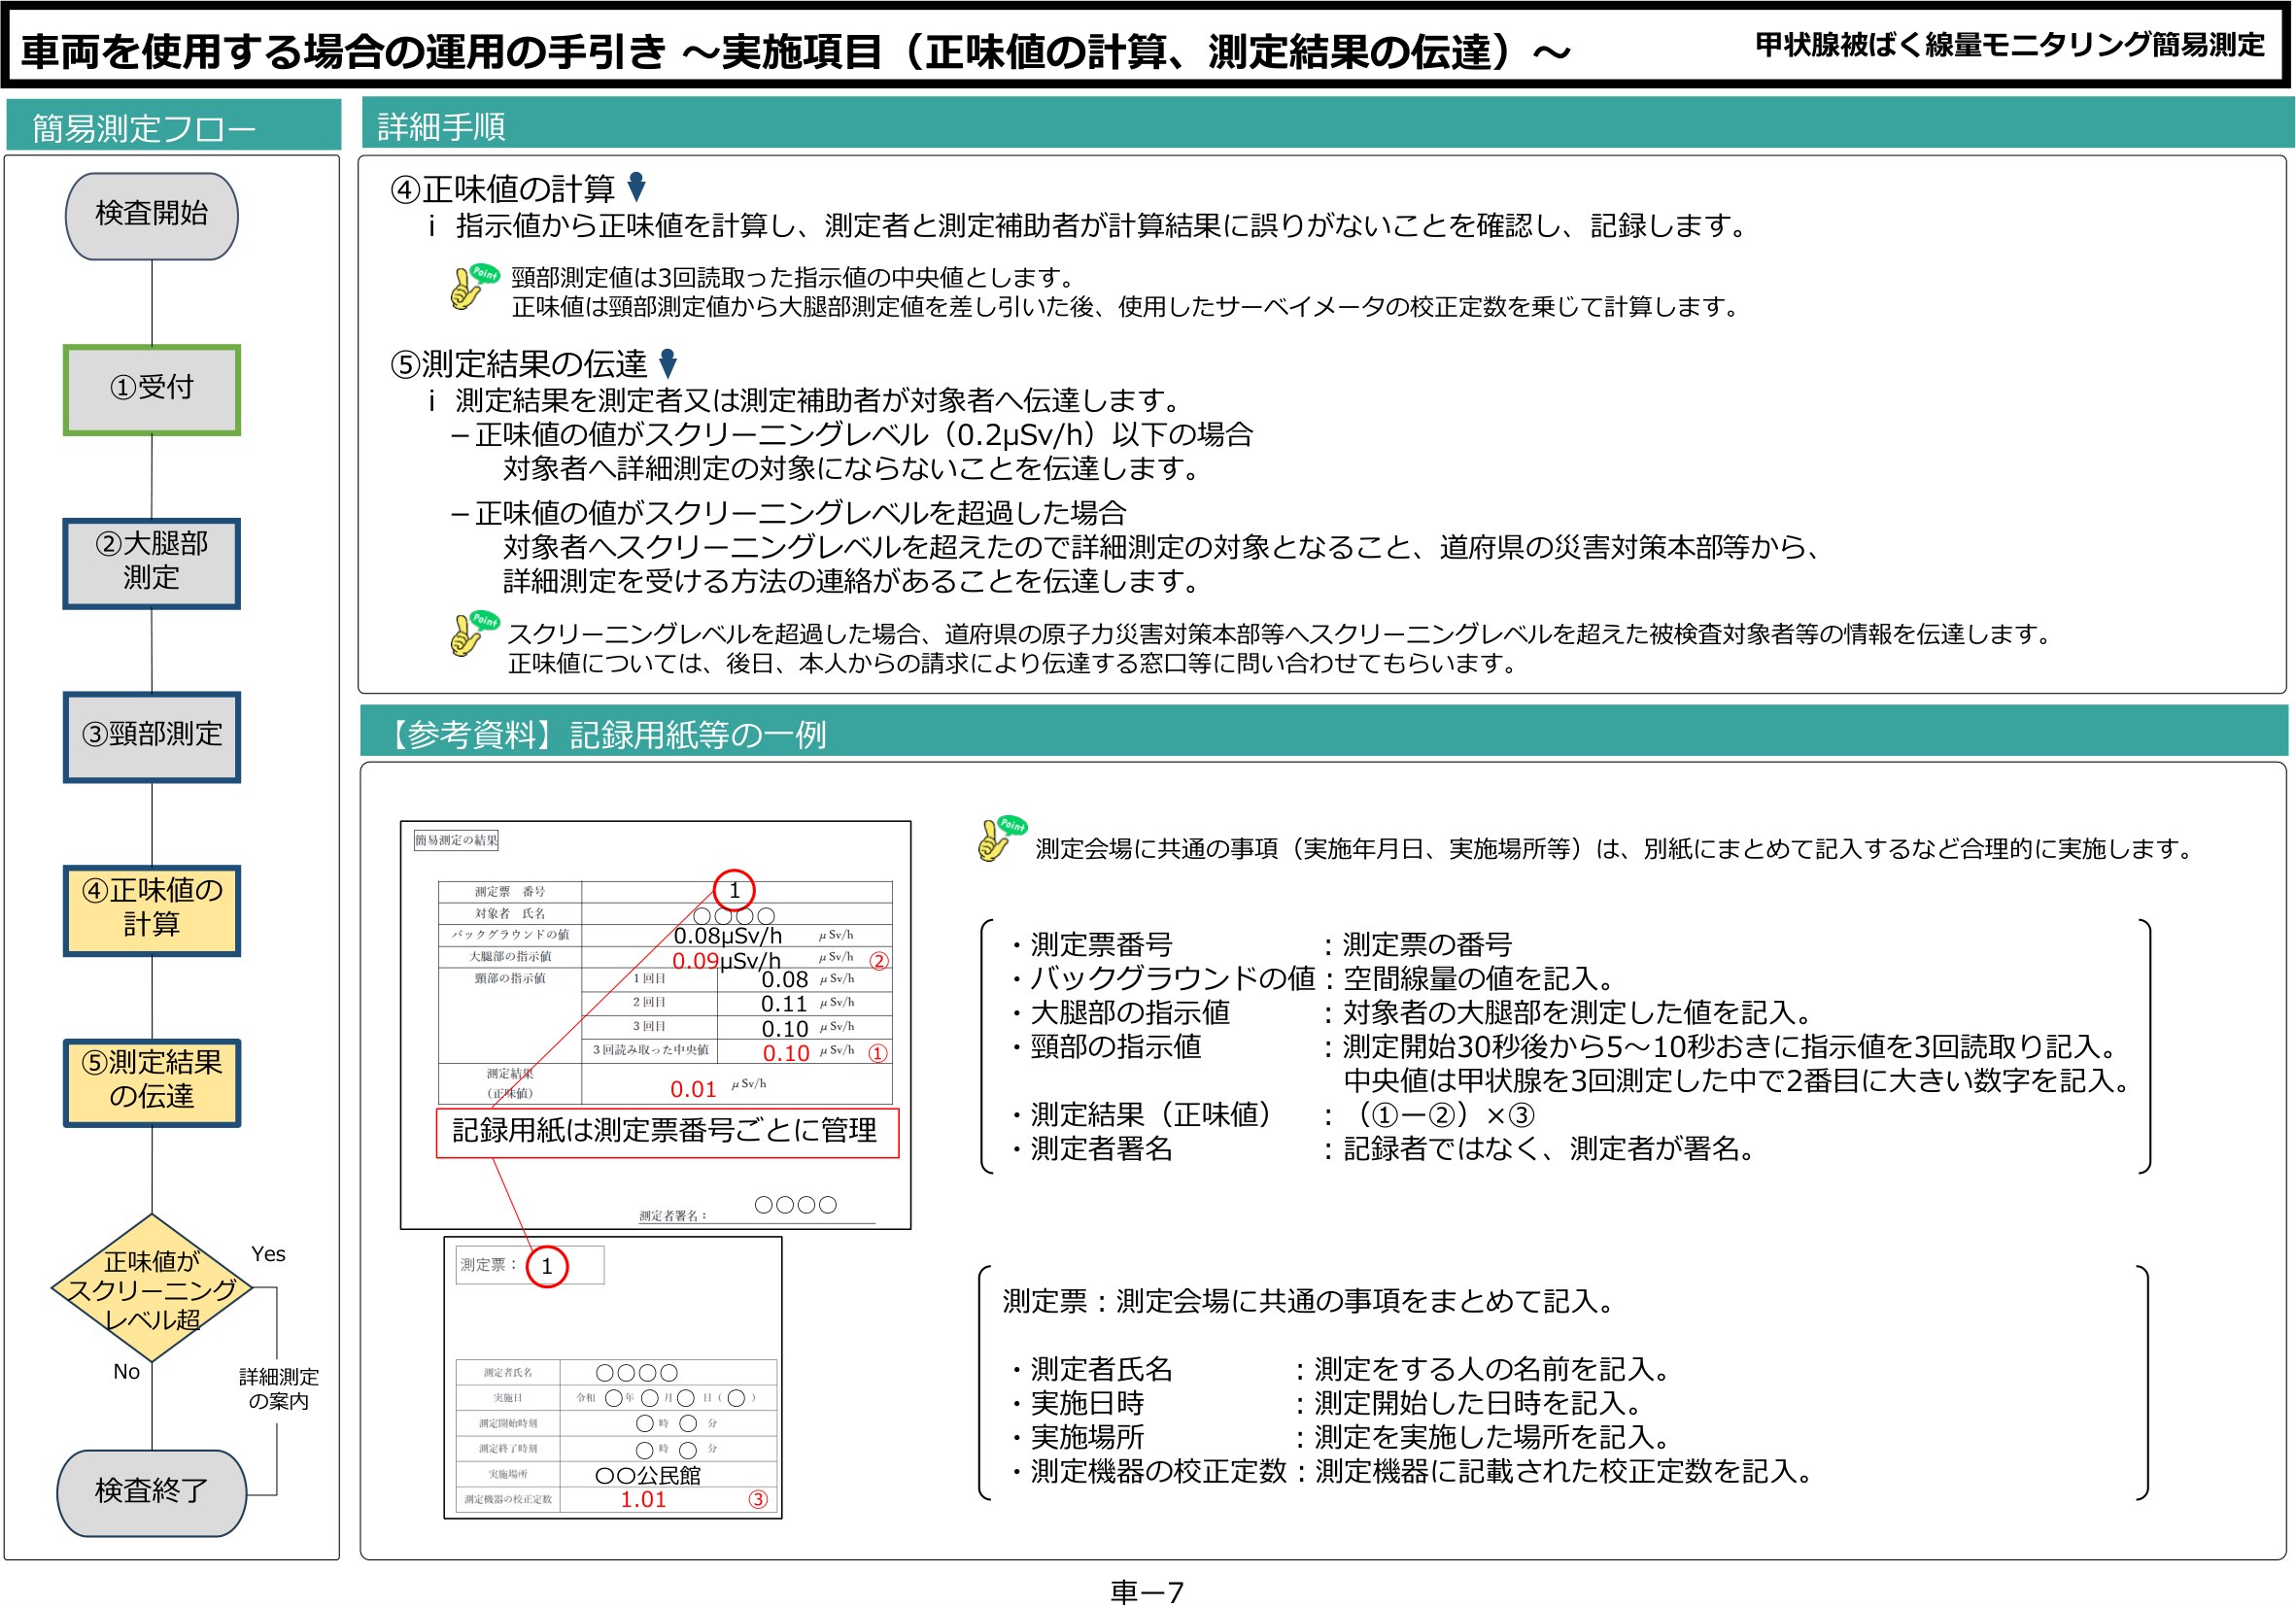
車両を使用する場合の運用の手引き ～実施項目（正味値の計算、測定結果の伝達）～
甲状腺被ばく線量モニタリング簡易測定

簡易測定フロー
検査開始
①受付
②大腿部測定
③頸部測定
④正味値の計算
⑤測定結果の伝達
正味値がスクリーニングレベル超
Yes
No
詳細測定の案内
検査終了

詳細手順
④正味値の計算
i 指示値から正味値を計算し、測定者と測定補助者が計算結果に誤りがないことを確認し、記録します。
Point
頸部測定値は3回読取った指示値の中央値とします。
正味値は頸部測定値から大腿部測定値を差し引いた後、使用したサーベイメータの校正定数を乗じて計算します。
⑤測定結果の伝達
i 測定結果を測定者又は測定補助者が対象者へ伝達します。
－正味値の値がスクリーニングレベル（0.2μSv/h）以下の場合
対象者へ詳細測定の対象にならないことを伝達します。
－正味値の値がスクリーニングレベルを超過した場合
対象者へスクリーニングレベルを超えたので詳細測定の対象となること、道府県の災害対策本部等から、
詳細測定を受ける方法の連絡があることを伝達します。
Point
スクリーニングレベルを超過した場合、道府県の原子力災害対策本部等へスクリーニングレベルを超えた被検査対象者等の情報を伝達します。
正味値については、後日、本人からの請求により伝達する窓口等に問い合わせてもらいます。

【参考資料】記録用紙等の一例
簡易測定の結果
測定票 番号
対象者 氏名
バックグラウンドの値 0.08μSv/h μSv/h
大腿部の指示値 0.09μSv/h μSv/h ②
頸部の指示値
1回目 0.08 μSv/h
2回目 0.11 μSv/h
3回目 0.10 μSv/h
3回読み取った中央値 0.10 μSv/h ①
測定結果（正味値） 0.01 μSv/h
記録用紙は測定票番号ごとに管理
測定者署名： ○○○○
測定票： ①
測定者氏名 ○○○○
実施日 令和 ○年 ○月 ○日（○）
測定開始時刻 ○時 ○分
測定終了時刻 ○時 ○分
実施場所 ○○公民館
測定機器の校正定数 1.01 ③
Point
測定会場に共通の事項（実施年月日、実施場所等）は、別紙にまとめて記入するなど合理的に実施します。
・測定票番号 ： 測定票の番号
・バックグラウンドの値 ： 空間線量の値を記入。
・大腿部の指示値 ： 対象者の大腿部を測定した値を記入。
・頸部の指示値 ： 測定開始30秒後から5～10秒おきに指示値を3回読取り記入。
中央値は甲状腺を3回測定した中で2番目に大きい数字を記入。
・測定結果（正味値） ： （①－②）×③
・測定者署名 ： 記録者ではなく、測定者が署名。
測定票： 測定会場に共通の事項をまとめて記入。
・測定者氏名 ： 測定をする人の名前を記入。
・実施日時 ： 測定開始した日時を記入。
・実施場所 ： 測定を実施した場所を記入。
・測定機器の校正定数 ： 測定機器に記載された校正定数を記入。

車－7